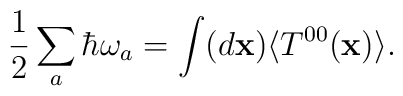
{1\over2}\sum_a\hbar\omega_a=\int(d{\bf x})\langle T^{00}({\bf x})\rangle.